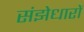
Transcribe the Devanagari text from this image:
संझेधारों